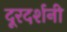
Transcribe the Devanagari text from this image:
दूरदर्शनी